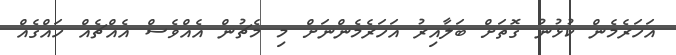
އަހަރެމެން ކުޅުނު ގޮތަށް ބަލާއިރު އަހަރެމެންނަށް މި މެޗުން އެއްވެސް އެއްޗެއް ހައްގެއް